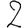
Digit: 2